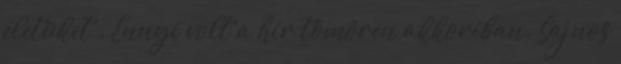
életüket . Ennyi volt a hír tömören akkoriban. Sajnos